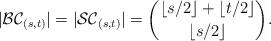
LaTeX: \begin{align*}|\mathcal{BC}_{(s,t)}|=|\mathcal{SC}_{(s,t)}|=\binom{\lfloor s/2 \rfloor + \lfloor t/2 \rfloor}{\lfloor s/2 \rfloor}.\end{align*}